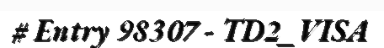
# Entry 98307 - TD2_VISA